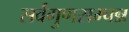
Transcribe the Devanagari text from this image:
सर्वगुणसम्पन्न